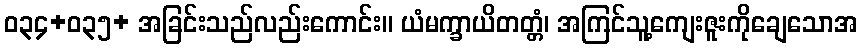
ဝ၃၄+၀၃၅+ အခြင်းသည်လည်းကောင်း။ ယံမက္ခာယိတတ္တံ၊ အကြင်သူ့ကျေးဇူးကိုချေသောအ